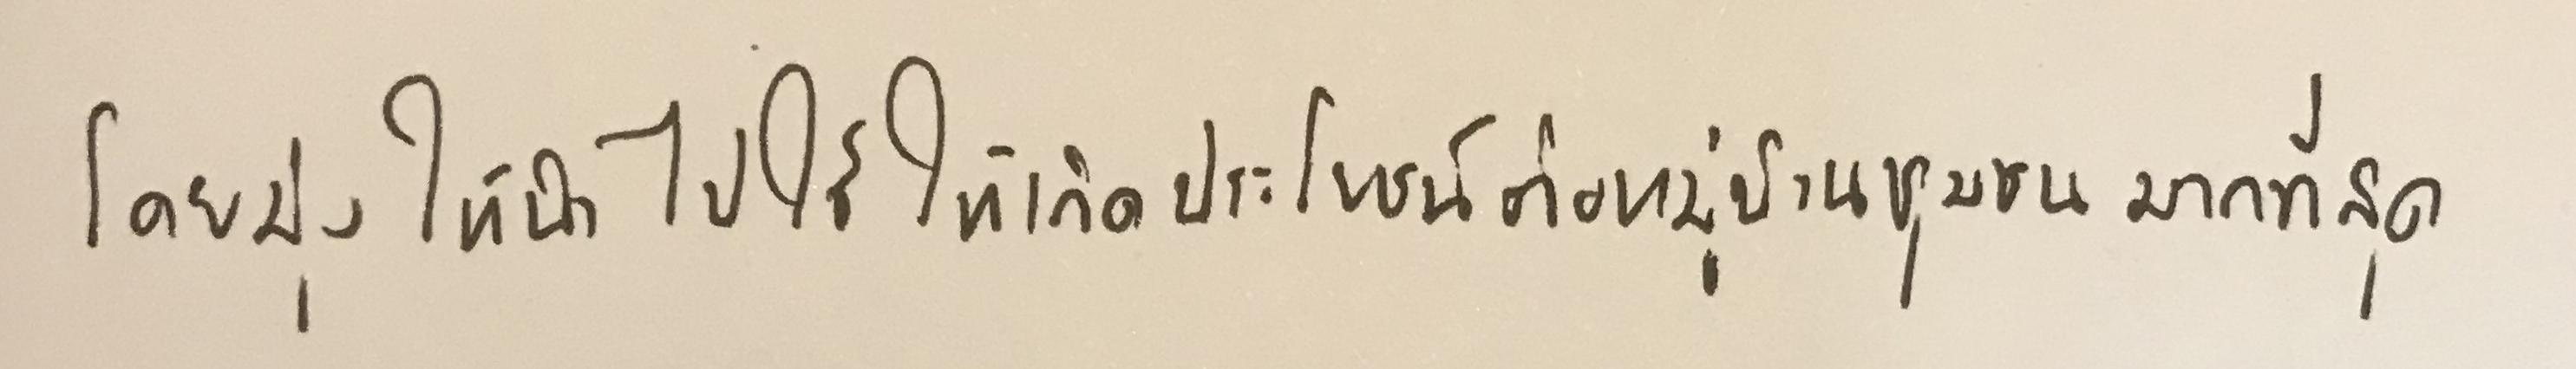
โดยมุ่งให้นำไปใช้ให้เกิดประโยชน์ต่อหมู่บ้านชุมชนมากที่สุด